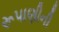
રૂપાણીની